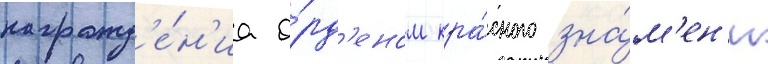
награжд'е́н'иа о́рд'еном кра́сного зна́м'ен'и